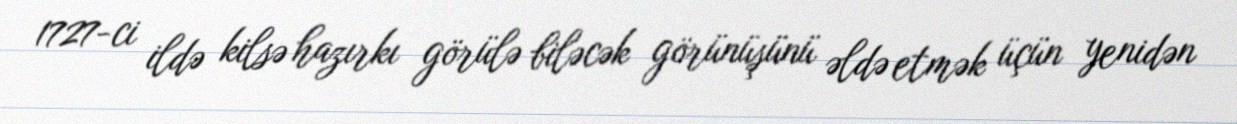
1727-ci ildə kilsə hazırkı görülə biləcək görünüşünü əldə etmək üçün yenidən